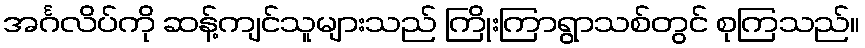
အင်္ဂလိပ်ကို ဆန့်ကျင်သူများသည် ကြိုးကြာရွာသစ်တွင် စုကြသည်။